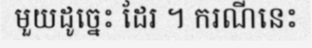
មួយដូច្នេះ ដែរ ។ ករណីនេះ